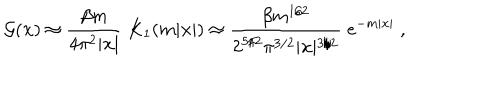
LaTeX: { \cal G } ( { \bf x } ) \approx { \frac { \beta m } { 4 \pi ^ { 2 } \vert { \bf x } \vert } } \; K _ { 1 } ( m \vert { \bf x } \vert ) \approx { \frac { \beta m ^ { 1 / 2 } } { 2 ^ { 5 / 2 } \pi ^ { 3 / 2 } \vert { \bf x } \vert ^ { 3 / 2 } } } \; e ^ { - m \vert { \bf x } \vert } \; ,